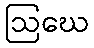
ဩဃေ